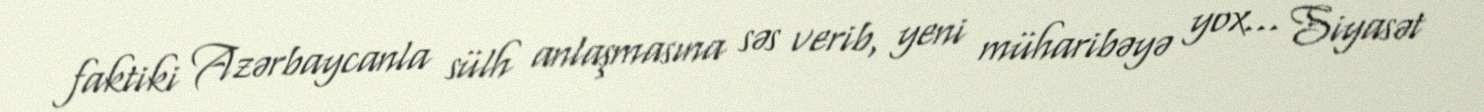
faktiki Azərbaycanla sülh anlaşmasına səs verib, yeni müharibəyə yox... Siyasət